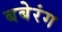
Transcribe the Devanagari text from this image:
बबेरंग